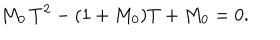
LaTeX: M _ { 0 } \, T ^ { 2 } - ( 1 + M _ { 0 } ) T + M _ { 0 } = 0 .